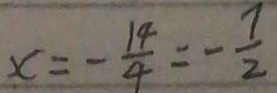
x = - \frac { 1 4 } { 4 } = - \frac { 7 } { 2 }